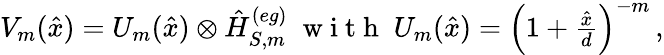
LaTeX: \begin{array}{r}{V_{m}(\hat{x})=U_{m}(\hat{x})\otimes\hat{H}_{S,m}^{(eg)}\; \mathrm{~w~i~t~h~}\; U_{m}(\hat{x})=\left(1+\frac{\hat{x}}{d}\right)^{-m}\, ,}\end{array}